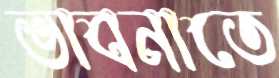
ভাবনাতে